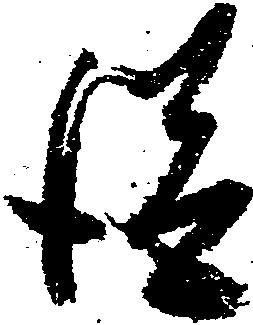
従